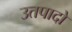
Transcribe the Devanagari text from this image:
उतपादो